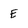
Character: E